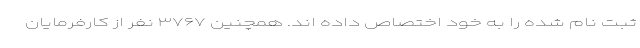
ثبت نام شده را به خود اختصاص داده اند. همچنین ۳۷۶۷ نفر از کارفرمایان